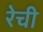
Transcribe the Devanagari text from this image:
रेची